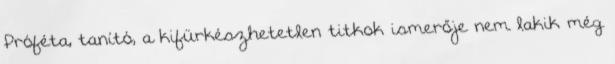
Próféta, tanító, a kifürkészhetetlen titkok ismerője nem lakik még